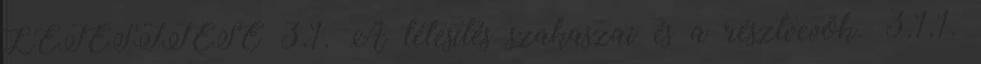
LÉTESÍTÉSE 3.1. A létesítés szakaszai és a résztvevõk. 3.1.1.